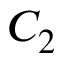
C _ { 2 }